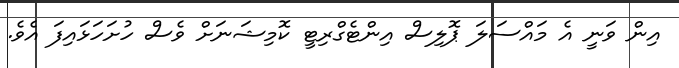
އިން ވަނީ އެ މައްސަލަ ޕޮލިސް އިންޓެގްރިޓީ ކޮމިޝަނަށް ވެސް ހުށަހަޅައިފަ އެވެ.